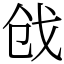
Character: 戗